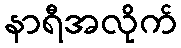
နာရီအလိုက်